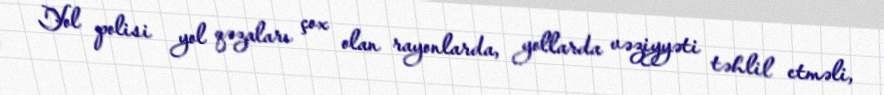
Yol polisi yol qəzaları çox olan rayonlarda, yollarda vəziyyəti təhlil etməli,